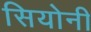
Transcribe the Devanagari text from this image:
सियोनी